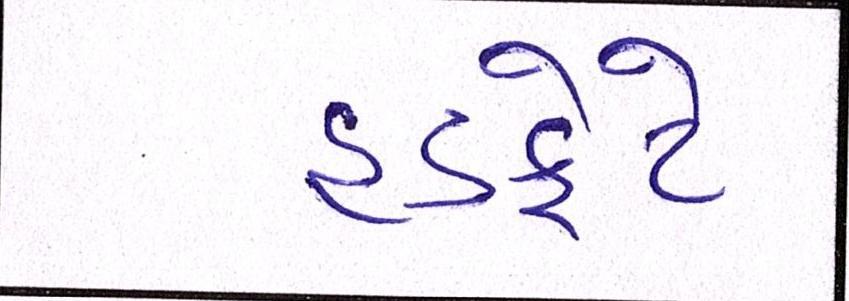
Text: હડફેટે